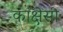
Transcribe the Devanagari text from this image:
कांक्षेसी